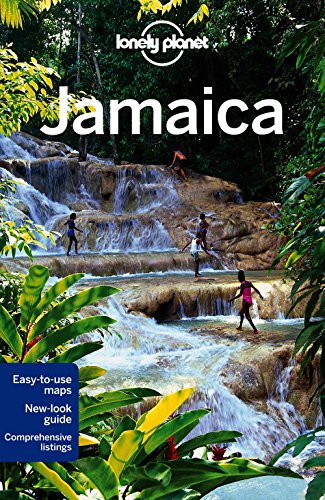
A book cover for Lonely Planet Jamaica (Travel Guide); Lonely Planet; Sports & Outdoors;